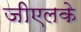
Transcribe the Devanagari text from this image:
जीएलके